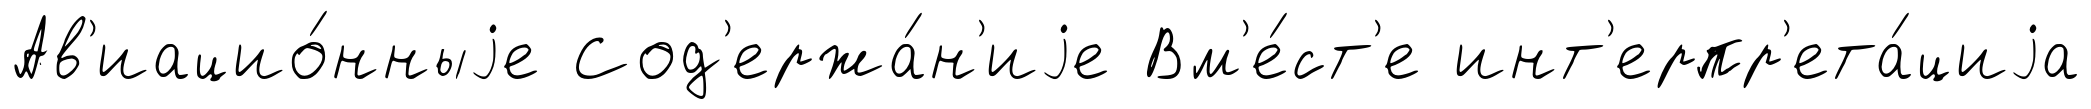
Ав'иацио́нныjе Сод'ержа́н'иjе Вм'е́ст'е инт'ерпр'ета́циjа